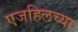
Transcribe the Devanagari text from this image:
एजहिलच्या